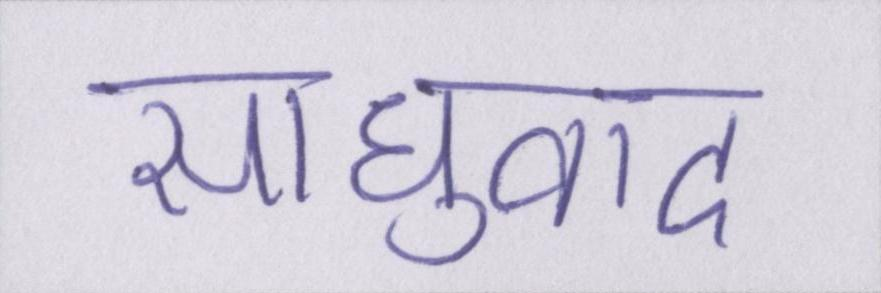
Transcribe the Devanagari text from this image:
साधुवाद